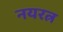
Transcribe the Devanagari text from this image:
नयरत्न